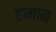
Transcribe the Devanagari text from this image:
हामान